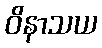
ဝိနာသယ